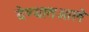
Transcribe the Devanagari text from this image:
देण्यातआले